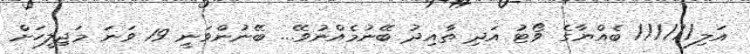
އަލި////// ބެއްޔާގެ ވޯޓު އަދި ތާއިދު ބޭނުމެއްނުވޭ... ބޭނުންވަނީ 19 ވަނަ މަޖިލީހަށް